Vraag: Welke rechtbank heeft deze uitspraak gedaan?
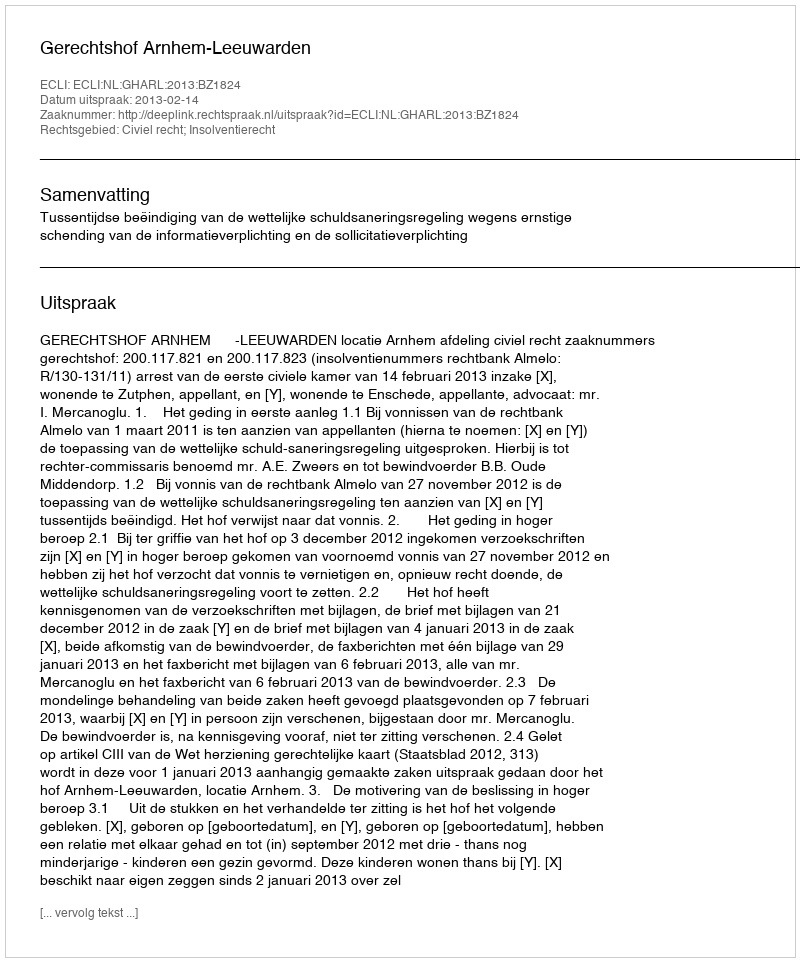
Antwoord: Gerechtshof Arnhem-Leeuwarden